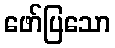
ဖော်ပြသော